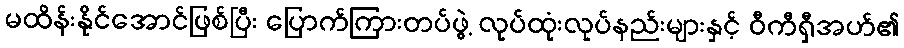
မထိန်းနိုင်အောင်ဖြစ်ပြီး ပြောက်ကြားတပ်ဖွဲ့ လုပ်ထုံးလုပ်နည်းများနှင့် ဝီကီရှီအဟ်၏